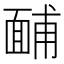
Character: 䩉